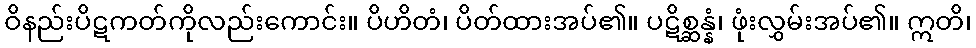
ဝိနည်းပိဋကတ်ကိုလည်းကောင်း။ ပိဟိတံ၊ ပိတ်ထားအပ်၏။ ပဋိစ္ဆန္နံ၊ ဖုံးလွှမ်းအပ်၏။ ဣတိ၊